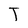
Character: T